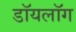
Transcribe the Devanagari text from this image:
डॉयलॉग